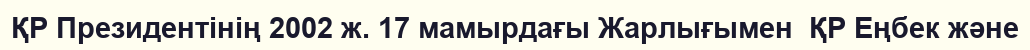
ҚР Президентінің 2002 ж. 17 мамырдағы Жарлығымен  ҚР Еңбек және